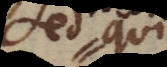
sed qui